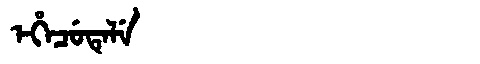
Manchu: ᡝᡥᡝᠴᡠᡨᡝᠯᡝ
Romanization: EHECUTELE